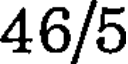
46/5